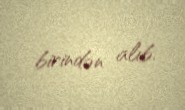
birindən alıb.